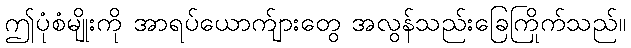
ဤပုံစံမျိုးကို အာရပ်ယောက်ျားတွေ အလွန်သည်းခြေကြိုက်သည်။